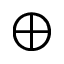
\oplus